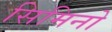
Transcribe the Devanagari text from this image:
सिमिनो